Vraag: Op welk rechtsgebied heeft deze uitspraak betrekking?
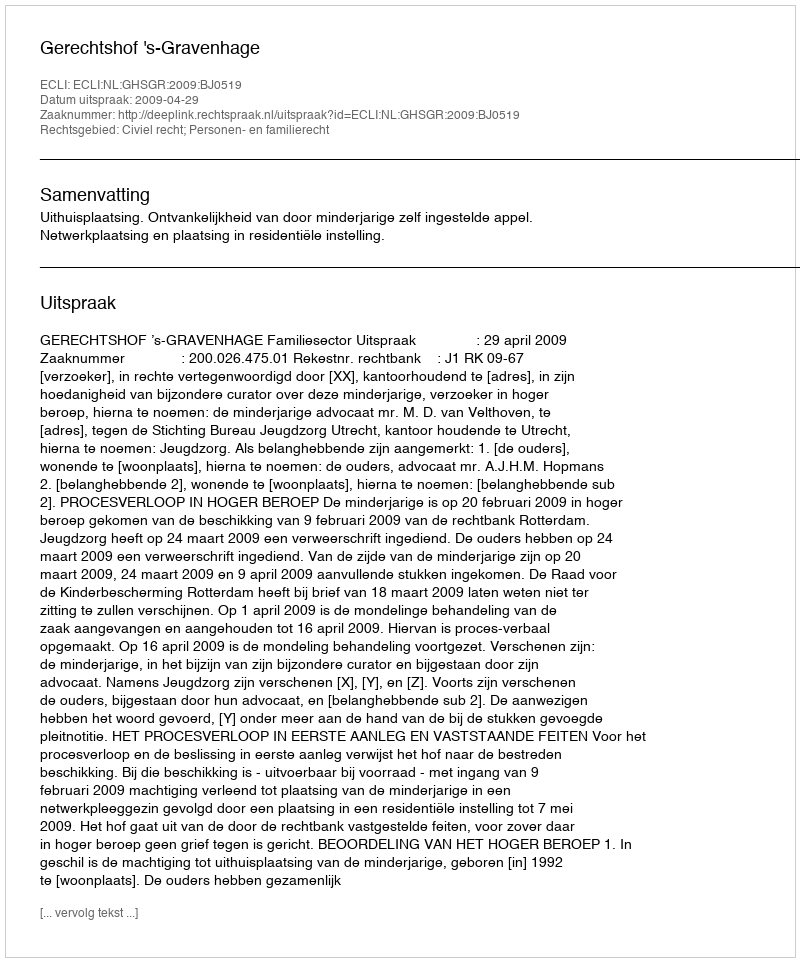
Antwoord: Civiel recht; Personen- en familierecht